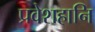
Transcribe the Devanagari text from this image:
प्रवेशहानि